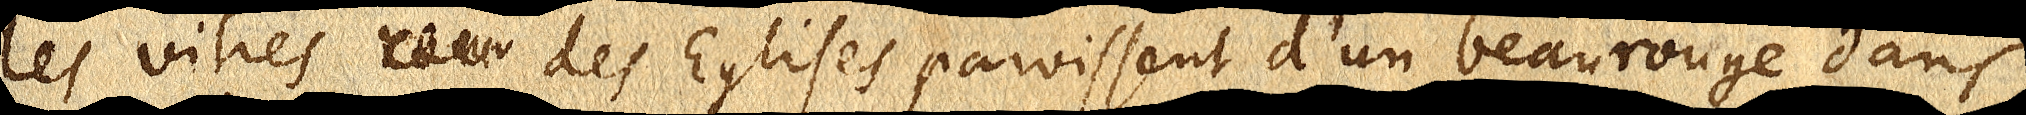
Les vitres rou des Eglises paroissent d’un beau rouge dans